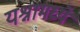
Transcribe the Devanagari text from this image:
यश्नामध्ये